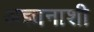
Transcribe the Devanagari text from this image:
अज्ञानाशी